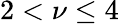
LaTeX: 2<\nu\leq 4